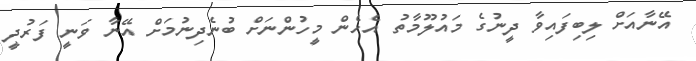
އޭނާއަށް ލިބިފައިވާ ދީނުގެ މައުލޫމާތު އެހެން މީހުންނަށް ބުނެދިނުމަށް އޭނާ ވަނީ ފަރުދީ